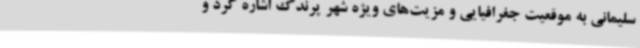
سلیمانی به موقعیت جغرافیایی و مزیت‌های ویژه شهر پرندک اشاره کرد و